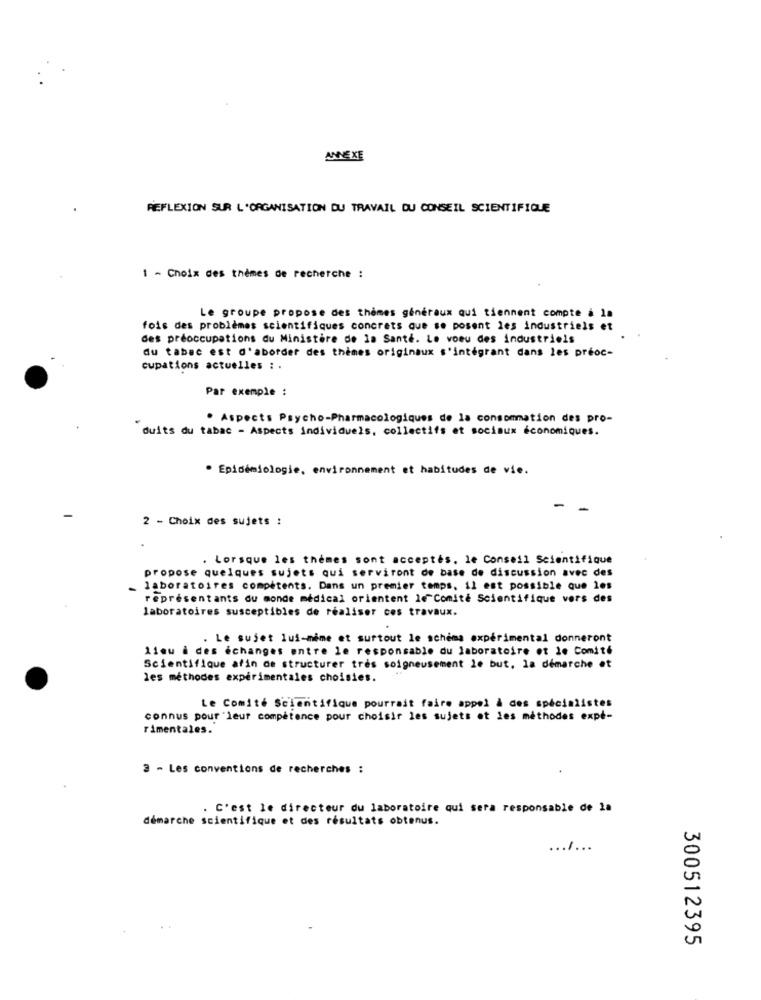
ANNEXE
REFLEXION SUR L'ORGANISATION DU TRAVAIL DU CONSEIL SCIENTIFIQUE
1 - Choix des thèmes de recherche :
Le groupe propose des thèmes généraux qui tiennent compte a la
fois des problèmes scientifiques concrets que se posent les industriels et
des préoccupations du Ministère de la Santé. Le voeu des industriels
du tabac est d'aborder des thèmes originaux s'intégrant dans les préoc-
cupations actuelles : .
Par exemple :
. Aspects Psycho-Pharmacologiques de la consommation des pro-
duits du tabac - Aspects individuels, collectifs et sociaux économiques.
· Epidemiologie, environnement et habitudes de vie.
-
2 - Choix des sujets :
. Lorsque les thèmes sont acceptés, le Conseil Scientifique
propose quelques sujets qui serviront de base de discussion avec des
laboratoires compétents. Dans un premier temps, il est possible que les
représentants du monde médical orientent le Comité Scientifique vers des
laboratoires susceptibles de réaliser ces travaux.
Le sujet lui-même et surtout le schéma expérimental donneront
11mu à des échanges entre le responsable du laboratoire et le Comité
Scientifique afin de structurer très soigneusement le but, la démarche et
les méthodes expérimentales choisies.
Le Comité Scientifique pourrait faire appel à des spécialistes
connus pour leur compétence pour choisir les sujets et les méthodes expe-
rimentales.
2 - Les conventions de recherches :
. C'est le directeur du laboratoire qui sera responsable de 2a
démarche scientifique et des résultats obtenus.
... / ...
300512395